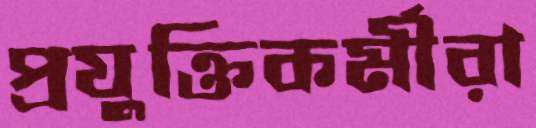
প্রযুক্তিকর্মীরা